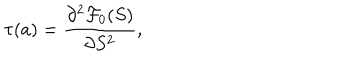
LaTeX: \tau ( a ) = { \frac { \partial ^ { 2 } { \cal F } _ { 0 } ( S ) } { \partial S ^ { 2 } } } ,